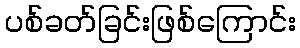
ပစ်ခတ်ခြင်းဖြစ်ကြောင်း